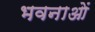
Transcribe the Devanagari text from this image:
भवनाओं